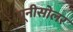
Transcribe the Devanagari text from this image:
यूनीसोलर